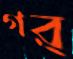
গর্